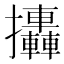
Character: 𢺩